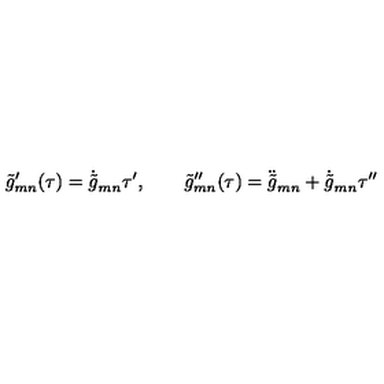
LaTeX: \tilde { g } _ { m n } ^ { \prime } ( \tau ) = \dot { \tilde { g } } _ { m n } \tau ^ { \prime } , \qquad \tilde { g } _ { m n } ^ { \prime \prime } ( \tau ) = \ddot { \tilde { g } } _ { m n } + \dot { \tilde { g } } _ { m n } \tau ^ { \prime \prime }